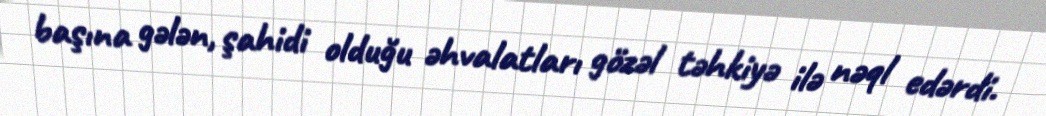
başına gələn, şahidi olduğu əhvalatları gözəl təhkiyə ilə nəql edərdi.